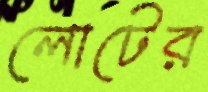
লোটের